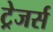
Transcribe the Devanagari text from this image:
ट्रेजर्स